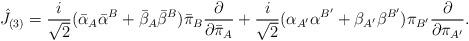
LaTeX: \begin{align*}{\hat J}_{(3)}={i \over \sqrt{2}}({\bar \alpha}_{A}{\bar \alpha}^{B} + {\bar \beta}_{A}{\bar \beta}^{B}){\bar \pi}_{B} {\partial \over \partial {\bar \pi}_{A}}+{i \over \sqrt{2}}(\alpha_{A^\prime}\alpha^{B^\prime} + \beta_{A^\prime}\beta^{B^\prime})\pi_{B^\prime}{\partial \over \partial \pi_{A^\prime}}.\end{align*}